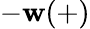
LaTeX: -\mathbf{w}(+)